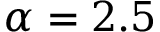
\alpha = 2 . 5